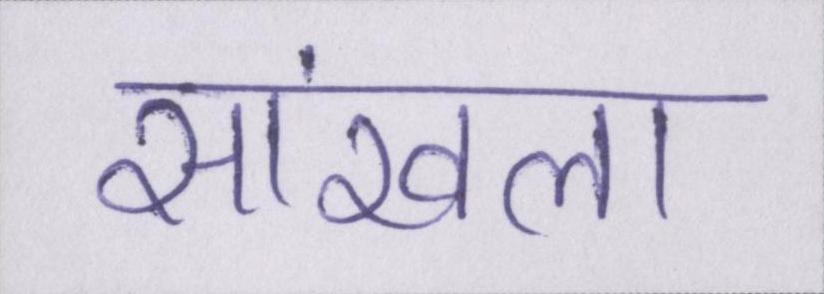
सांखला